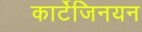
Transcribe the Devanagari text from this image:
कार्टेजिनयन